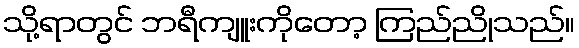
သို့ရာတွင် ဘရီကျူးကိုတော့ ကြည်ညိုသည်။